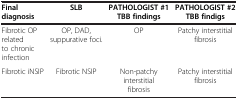
| Final diagnosis | SLB | PATHOLOGIST #1 TBB findings | PATHOLOGIST #2 TBB findigs |
 | --- | --- | --- | --- |
 | Fibrotic OP related to chronic infection | OP, DAD, suppurative foci. | OP | Patchy interstitial fibrosis |
 | Fibrotic iNSIP | Fibrotic NSIP | Non-patchy interstitial fibrosis | Patchy interstitial fibrosis |